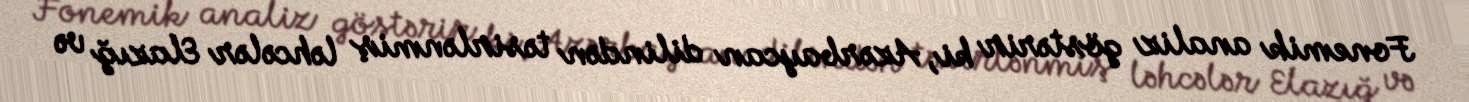
Fonemik analiz göstərir ki, Azərbaycan dilindən təsirlənmiş ləhcələr Elazığ və